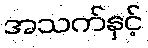
အသက်နှင့်